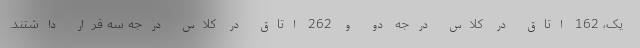
یک، 162 اتاق در کلاس درجه دو و 262 اتاق در کلاس درجه سه قرار داشتند.